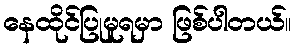
နေထိုင်ပြုမူရမှာ ဖြစ်ပါတယ်။